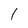
Character: I